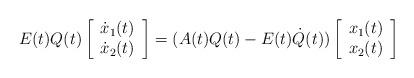
LaTeX: \begin{align*}E(t)Q(t)\left[\begin{array}{c} \dot x_1(t)\\\dot x_2(t) \end{array}\right]=(A(t)Q(t)-E(t)\dot Q(t))\left[\begin{array}{c} x_1(t)\\x_2(t) \end{array}\right]\end{align*}